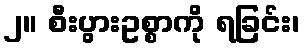
၂။ စီးပွားဥစ္စာကို ရခြင်း၊